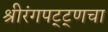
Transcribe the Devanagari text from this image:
श्रीरंगपट्ट्णचा